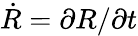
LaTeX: {\dot{R}}=\partial R/\partial t